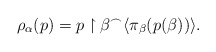
\begin{align*}\rho_\alpha(p)= p \restriction \beta ^{\frown} \langle \pi_\beta(p(\beta)) \rangle.\end{align*}